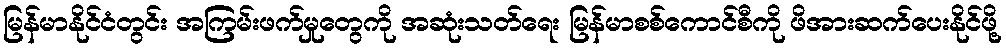
မြန်မာနိုင်ငံတွင်း အကြမ်းဖက်မှုတွေကို အဆုံးသတ်ရေး မြန်မာစစ်ကောင်စီကို ဖိအားဆက်ပေးနိုင်ဖို့